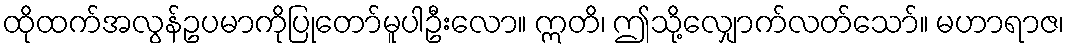
ထိုထက်အလွန်ဥပမာကိုပြုတော်မူပါဦးလော။ ဣတိ၊ ဤသို့လျှောက်လတ်သော်။ မဟာရာဇ၊